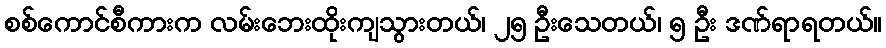
စစ်ကောင်စီကားက လမ်းဘေးထိုးကျသွားတယ်၊ ၂၅ ဦးသေတယ်၊ ၅ ဦး ဒဏ်ရာရတယ်။